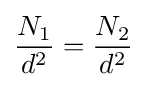
{\frac {N_{1}}{d^{2}}}={\frac {N_{2}}{d^{2}}}